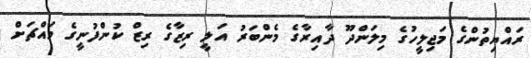
ރައްޔިތުންގެ މަޖިލީހުގެ މިލަންދޫ ދާއިރާގެ މެންބަރު އަލީ ރިޒާގެ ރިޒް ކުންފުނީގެ މައްޗަށް